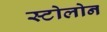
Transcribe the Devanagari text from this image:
स्टोलोन